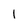
Character: I